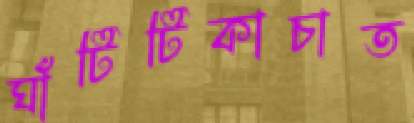
ঘাঁটিটিকাচাত